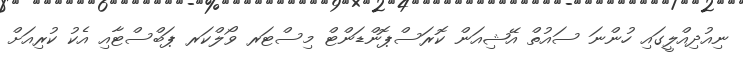
ނިއުދިއްލީގައި ހުންނަ ސައުތް އޭޝިއަން ކޮރަސްޕޮންޑަންޓް މިސްޓަރ ވޯލްކަރ ޕަބްސްޓާއި އެކު ކުރިއަށް